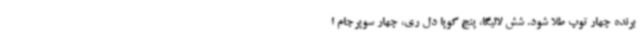
برنده چهار توپ طلا شود. شش لالیگا، پنج کوپا دل ری، چهار سوپرجام ا